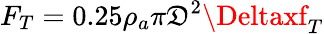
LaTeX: F_{T}=0.25\rho_{a}\pi\mathfrak{D}^{2}\Deltaxf_{T}